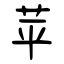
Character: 苹